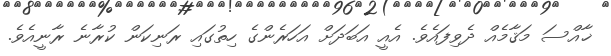
ޚާއްސަ މަޤާމެއް ދެވިފައެވެ. އެއީ އަބަދަށް އަހަރެންގެ ހިތުގައި ރަނިކަން ކުރާނެ ރާނީއެވެ.